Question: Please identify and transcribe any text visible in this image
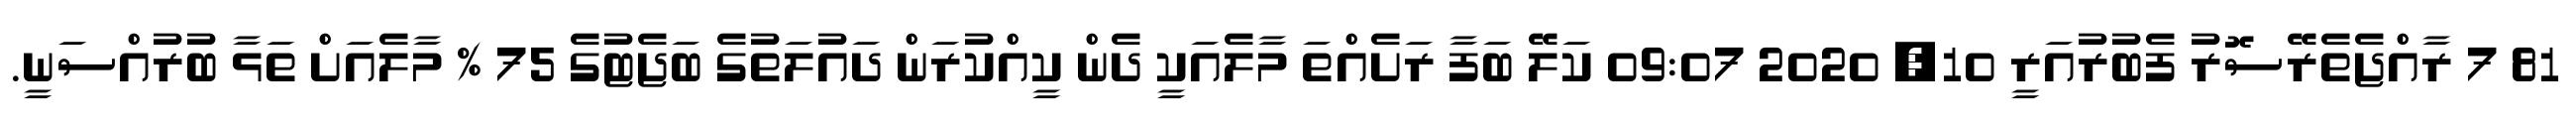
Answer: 81 7 ރާއްޖެތެރޭސޮރު ފެބުރުއަރީ 10, 2020 09:07 ކަލޭ ބަފާ ރަށެއްތަ މާލެއަކީ ދެން ކީއްކުރަން ދައުލަތުގެ ބަޖެޓުގެ 75 % މާލެއަށް ތަޅާ ބުރުއްސަނީ.